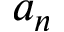
a _ { n }